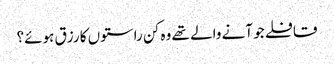
قافلے جو آنے والے تھے وہ کن راستوں کا رزق ہوئے؟